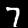
Label: 7